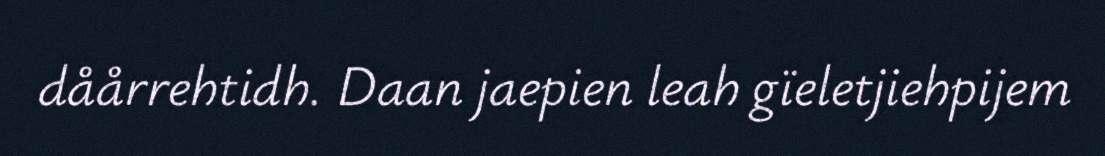
dåårrehtidh. Daan jaepien leah gïeletjiehpijem